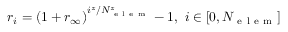
r _ { i } = \left( 1 + r _ { \infty } \right) ^ { i ^ { z } / N _ { \mathrm { ~ e ~ l ~ e ~ m ~ } } ^ { z } } - 1 , \ i \in [ 0 , N _ { \mathrm { ~ e ~ l ~ e ~ m ~ } } ]